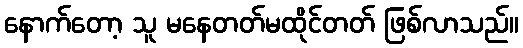
နောက်တော့ သူ မနေတတ်မထိုင်တတ် ဖြစ်လာသည်။